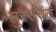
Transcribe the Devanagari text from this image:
सुरैरर्चितं